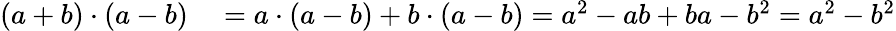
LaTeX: \begin{array}{rl}{(a+b)\cdot(a-b)}&{{}=a\cdot(a-b)+b\cdot(a-b)=a^{2}-ab+ba-b^{2}=a^{2}-b^{2}}\end{array}